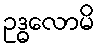
ဥဒ္ဓလောမိ